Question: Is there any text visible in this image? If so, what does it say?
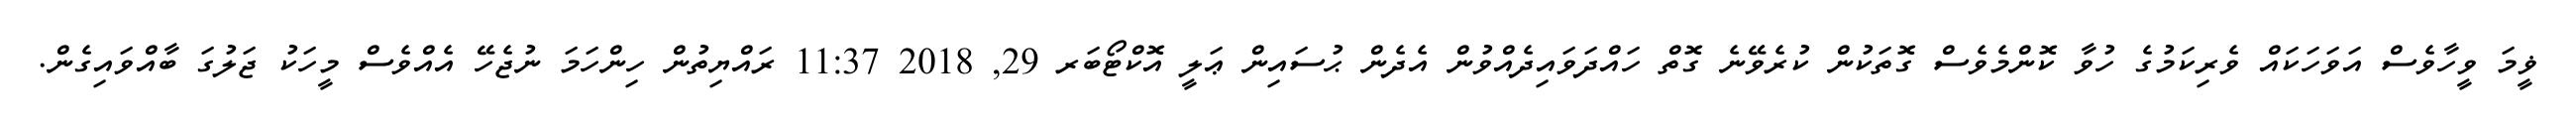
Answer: ޥީމަ ވީހާވެސް އަވަހަކައް ވެރިކަމުގެ ހުވާ ކޮންމެވެސް ގޮތަކުން ކުރެވޭނެ ގޮތް ހައްދަވައިދެއްވުން އެދެން ޙުސައިން ޢަލީ އޮކްޓޯބަރ 29, 2018 11:37 ރައްޔިތުން ހިންހަމަ ނުޖެހޭ އެއްވެސް މީހަކު ޖަލުގަ ބާއްވައިގެން.